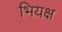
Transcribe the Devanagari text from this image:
भियक्ष